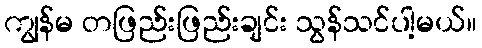
ကျွန်မ တဖြည်းဖြည်းချင်း သွန်သင်ပါ့မယ်။